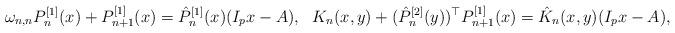
LaTeX: \begin{align*}\omega_{n,n} P_n^{[1]}(x)+P_{n+1}^{[1]}(x)&=\hat P_n^{[1]}(x)(I_px-A), &K_{n}(x,y)+(\hat P_{n}^{[2]}(y))^\top P^{[1]}_{n+1}(x)&=\hat K_{n}(x,y)(I_px-A),\end{align*}